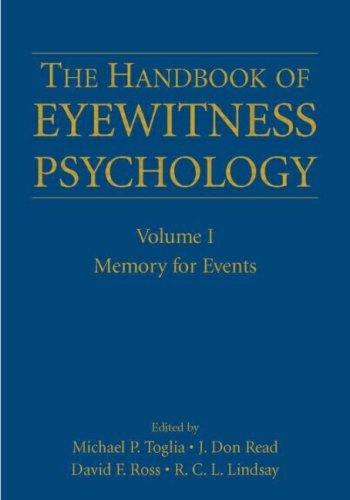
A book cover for The Handbook of Eyewitness Psychology: Volume I: Memory for Events; Law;